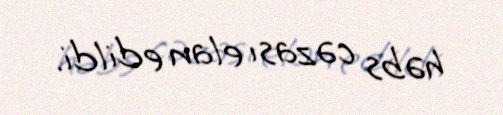
həbs cəzası elan edildi.